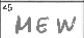
Transcription: MEW